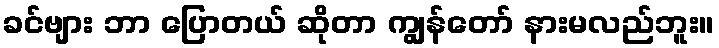
ခင်ဗျား ဘာ ပြောတယ် ဆိုတာ ကျွန်တော် နားမလည်ဘူး။